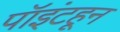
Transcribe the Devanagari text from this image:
पॉइंटहून